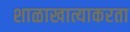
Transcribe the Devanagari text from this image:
शाळाखात्याकरता